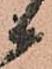
候